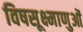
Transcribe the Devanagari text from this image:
विषसूक्ष्माणुओं